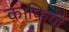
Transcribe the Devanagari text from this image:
क़ाफ़ियों